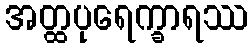
အတ္ထပုရေက္ခာရဿ